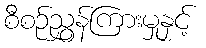
စီစဉ်ညွှန်ကြားမှုနှင့်